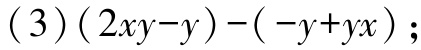
$(3)(2xy - y)-(-y + yx)$